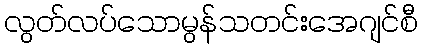
လွတ်လပ်သောမွန်သတင်းအေဂျင်စီ